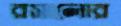
রসালোর